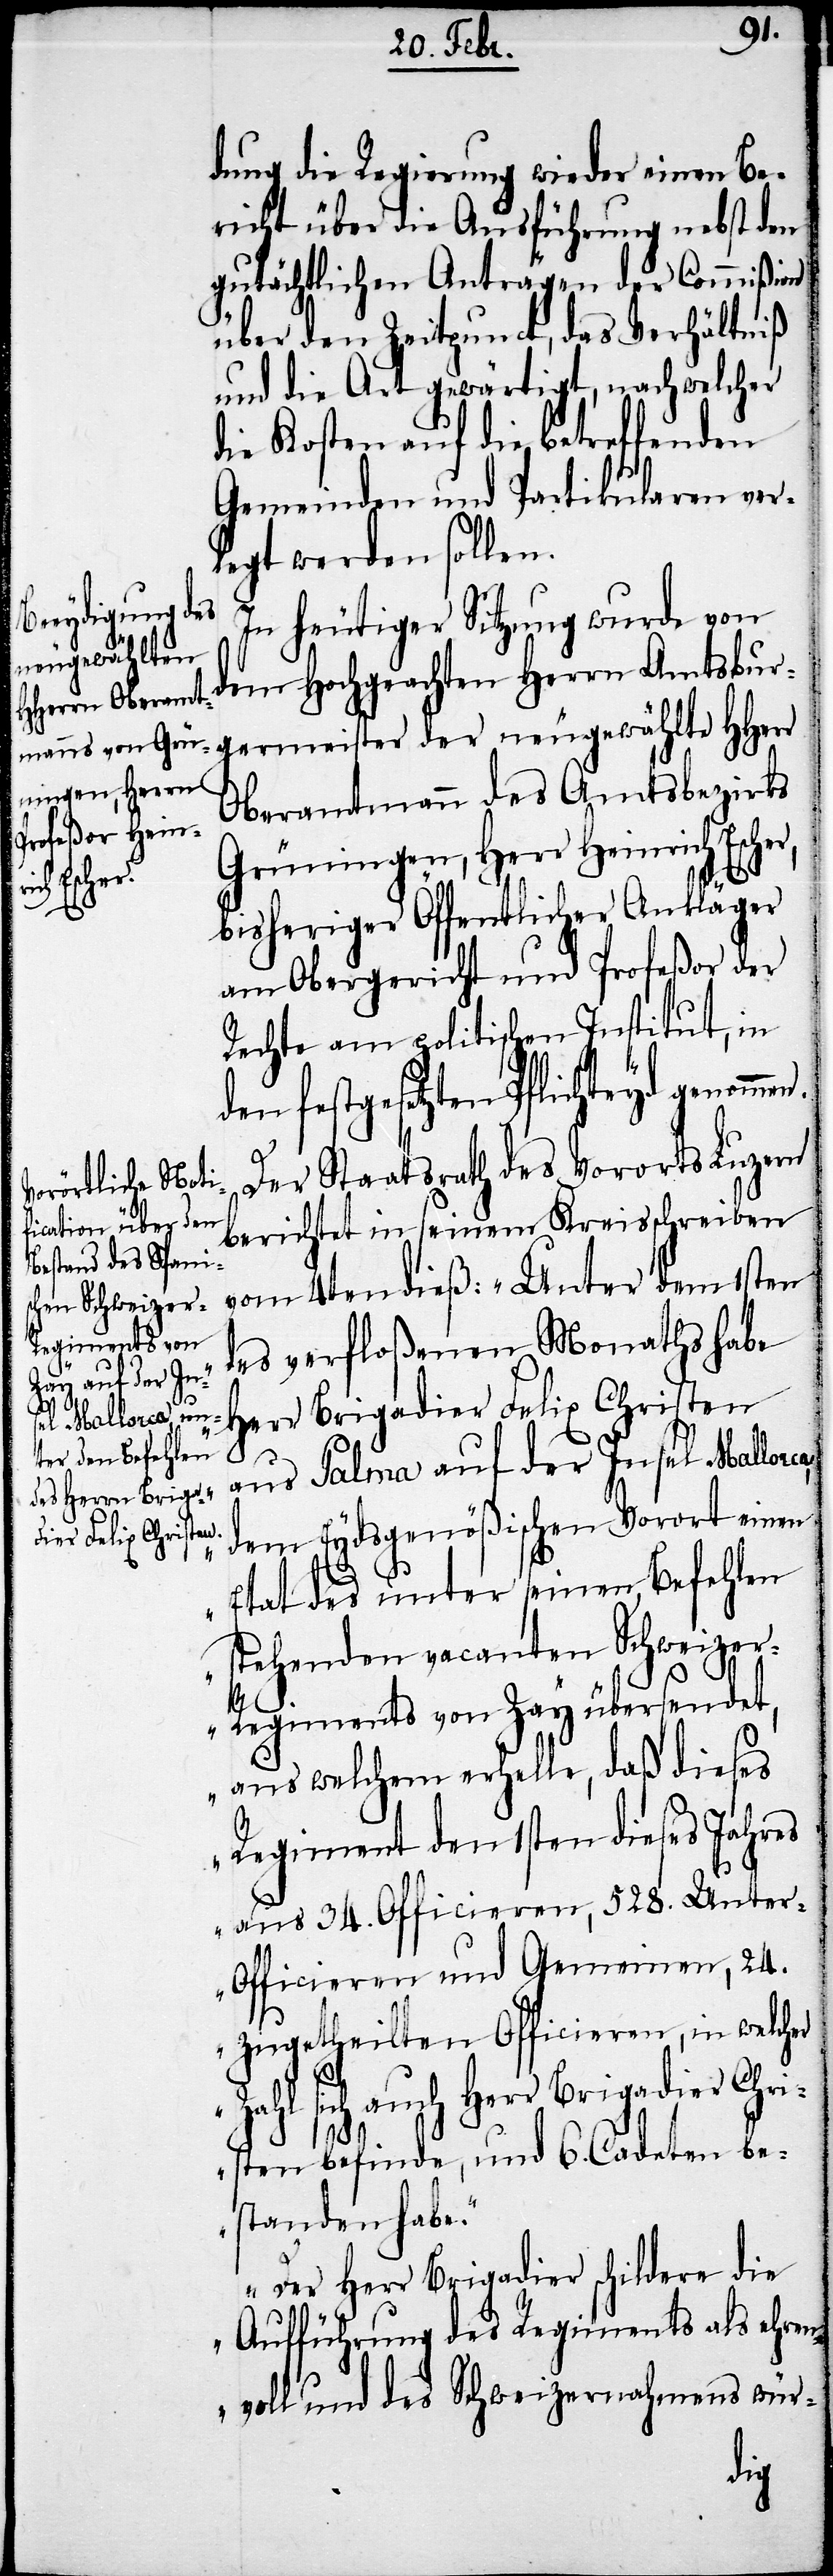
dung die Regierung wieder einen Be¬
richt über die Ausführung nebst den
gutächtlichen Anträgen der Commißion
über den Zeitpunct, das Verhältniß
und die Art gewärtigt, nach welcher
die Kosten auf die betreffenden
Gemeinden und Partikularen ver¬
legt werden sollen.
In heutiger Sitzung wurde von
dem Hochgeachten Herrn Amtsburg¬
ermeister der neugewählte HHerr
Oberamtmann des Amtsbezirks
Grüningen, Herr Heinrich Escher,
bisheriger Öffentlicher Ankläger
am Obergericht und Profeßor der
Rechte am politischen Institut, in
den festgesetzten Pflichteyd
Der Staatsrath des Vororts Luzern
berichtet in seinem Kreisschreiben
vom 4ten dieß: „Unter dem 1sten
des verfloßenen Monaths habe
Herr Brigadier Felix Christen
aus Palma auf der Insel Mallorca,
dem Eydsgenößischen Vorort einen
Etat des unter seinen Befehlen
stehenden vacanten Schweize¬
r-Regiments von Zay übersendet,
aus welchem erhelle, daß dieses
Regiment den 1sten dieses Jahres
aus 34. Officieren, 528. Unte¬
r-Officieren und Gemeinen, 24.
zugetheilten Officieren, in welcher
Zahl sich auch Herr Brigadier Chri¬
sten befinde, und 6. Cadeten be¬
standen habe.
Der Herr Brigadier schildere die
Aufführung des Regiments als ehren¬
voll und des Schweizernahmens wür-